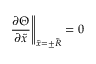
\left. \frac { \partial \Theta } { \partial \tilde { x } } \right\Vert _ { \tilde { x } = \pm \tilde { R } } = 0